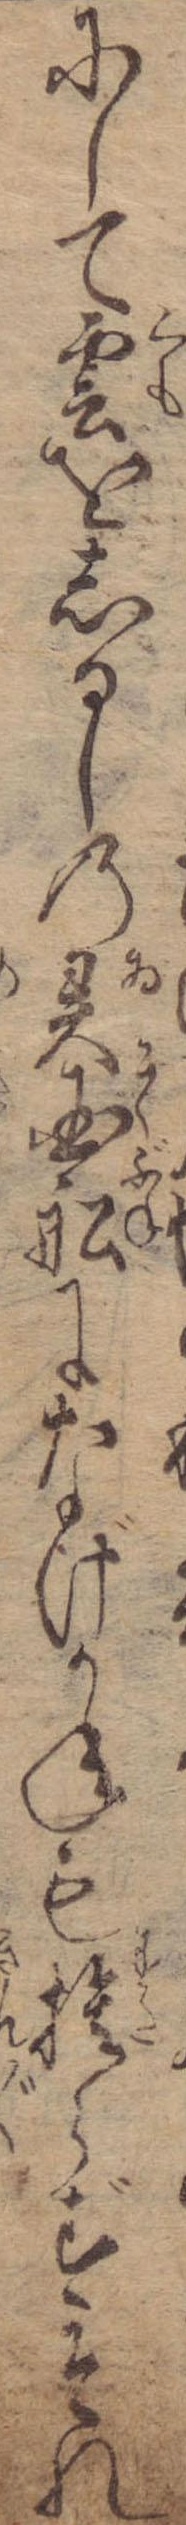
にして雲をしるしの異国船になげかねも捨らずそれ